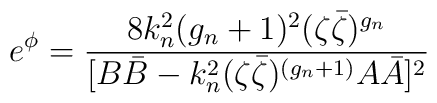
e^{\phi}=\frac{8 k^2_n(g_n+1)^2(\zeta \bar{\zeta})^{g_n}}{[B\bar B-k_n^2 (\zeta \bar{\zeta})^{(g_n+1)}A\bar A]^2}